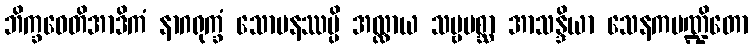
ဘိက္ခဝေတိအာဒိကံ နာဂရုက္ခံ သောမနဿမ္ပိ အလ္လာယ သဗ္ဗပစ္ဆာ အာသန္ဒိယာ သေနကပဏ္ဍိတော